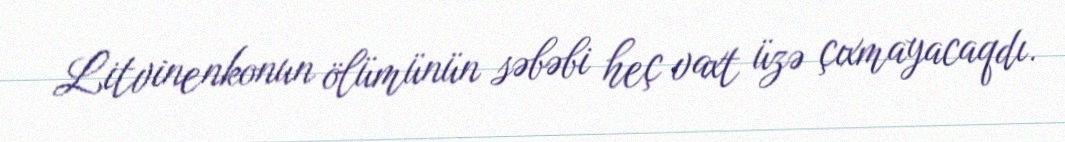
Litvinenkonun ölümünün səbəbi heç vaxt üzə çıxmayacaqdı.